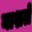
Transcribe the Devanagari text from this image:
नाशलें